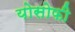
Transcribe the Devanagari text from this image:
योसोफी